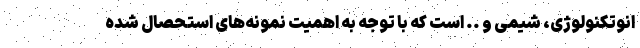
انوتکنولوژی، شیمی و .. است که با توجه به اهمیت نمونه‌های استحصال شده